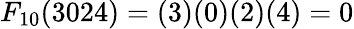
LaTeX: F_{10}(3024)=(3)(0)(2)(4)=0